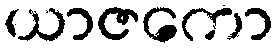
ယာဇကော